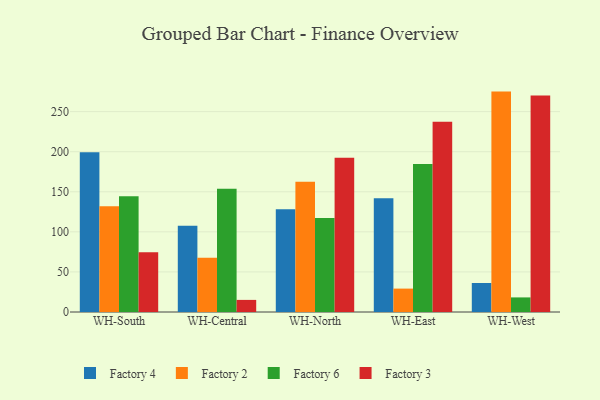
{"axis": {"x": "Warehouse", "y": "Operating Costs (USD K)"}, "legend": ["Factory 2", "Factory 3", "Factory 4", "Factory 6"], "data": [{"x": "WH-South", "y": 199.4, "type": "Factory 4"}, {"x": "WH-South", "y": 131.8, "type": "Factory 2"}, {"x": "WH-South", "y": 144.3, "type": "Factory 6"}, {"x": "WH-South", "y": 74.7, "type": "Factory 3"}, {"x": "WH-Central", "y": 107.7, "type": "Factory 4"}, {"x": "WH-Central", "y": 67.6, "type": "Factory 2"}, {"x": "WH-Central", "y": 153.8, "type": "Factory 6"}, {"x": "WH-Central", "y": 15.1, "type": "Factory 3"}, {"x": "WH-North", "y": 128.1, "type": "Factory 4"}, {"x": "WH-North", "y": 162.4, "type": "Factory 2"}, {"x": "WH-North", "y": 117.2, "type": "Factory 6"}, {"x": "WH-North", "y": 192.4, "type": "Factory 3"}, {"x": "WH-East", "y": 141.8, "type": "Factory 4"}, {"x": "WH-East", "y": 29.2, "type": "Factory 2"}, {"x": "WH-East", "y": 184.6, "type": "Factory 6"}, {"x": "WH-East", "y": 237.3, "type": "Factory 3"}, {"x": "WH-West", "y": 36.2, "type": "Factory 4"}, {"x": "WH-West", "y": 275.0, "type": "Factory 2"}, {"x": "WH-West", "y": 18.2, "type": "Factory 6"}, {"x": "WH-West", "y": 270.1, "type": "Factory 3"}]}